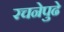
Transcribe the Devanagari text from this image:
रचनेपुढे